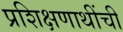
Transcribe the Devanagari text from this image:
प्रशिक्षणाथींची